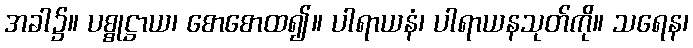
အခါ၌။ ပစ္စုဋ္ဌာယ၊ စောစောထ၍။ ပါရာယနံ၊ ပါရာယနသုတ်ကို။ သရေန၊